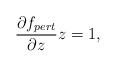
\begin{align*}\frac{\partial f_{pert}}{\partial z} z = 1,\end{align*}